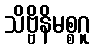
သိဗ္ဗိနိမစ္စဂူ